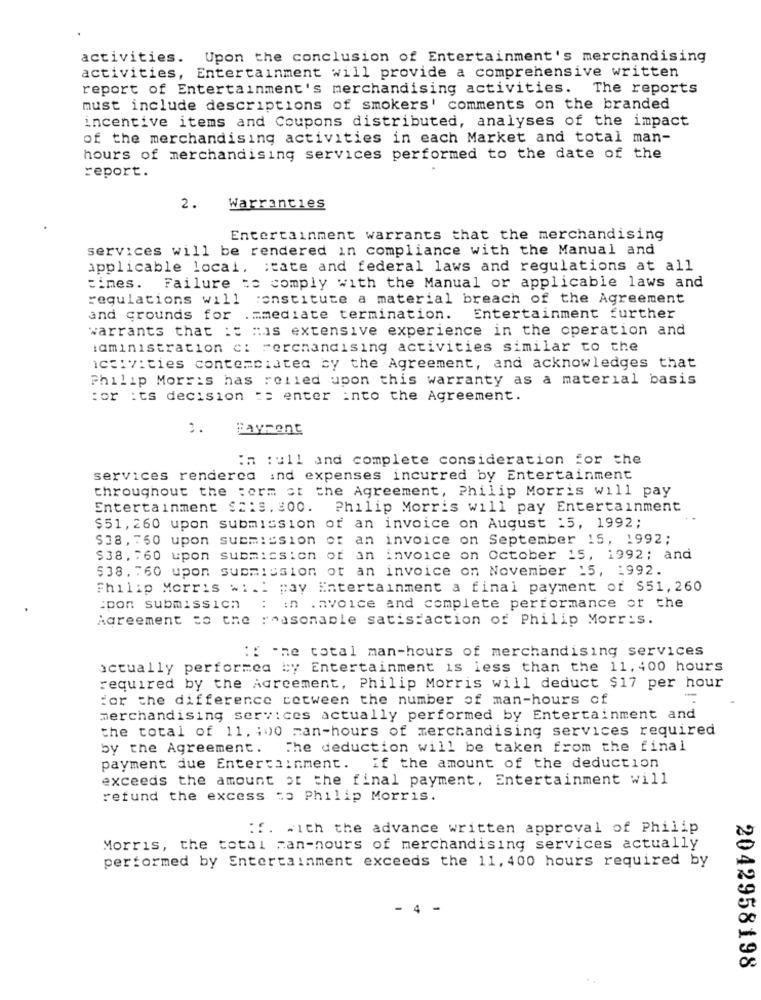
activities. Upon the conclusion of Entertainment's merchandising
activities, Entertainment will provide a comprehensive written
report of Entertainment's merchandising activities. The reports
must include descriptions of smokers' comments on the branded
incentive items and Coupons distributed, analyses of the impact
of the merchandising activities in each Market and total man-
hours of merchandising services performed to the date of the
report.
2.
Warranties
Entertainment warrants that the merchandising
services will be rendered in compliance with the Manual and
applicable local, state and federal laws and regulations at all
times. Failure to comply with the Manual or applicable laws and
regulations will constitute a material breach of the Agreement
and grounds for .= mediate termination. Entertainment further
warrants that it ;Is extensive experience in the operation and
laministration c: merchandising activities similar to the
ictivities contemciated by the Agreement, and acknowledges that
Philip Morris has relied upon this warranty as a material basis
:or its decision == enter into the Agreement.
2 .
Payment
in :ull and complete consideration for the
services rendered ind expenses incurred by Entertainment
throughout the term at the Agreement, Philip Morris will pay
Entertainment $2:3. 300. Philip Morris will pay Entertainment
$51, 260 upon submission of an invoice on August 15, 1992;
$38, 760 upon sucmission of an invoice on September 15, 1992;
$38, 760 upon submission of an invoice on October 15, 1992; and
$38. 760 upon submission of an invoice on November 15, 1992.
Philip Morris wi .: pay Entertainment a final payment of $51, 260
:pon submission
:in .avoice and complete performance of the
Agreement to the reasonable satisfaction of Philip Morris.
:: - ne total man-hours of merchandising services
actually performed by Entertainment is less than the 11, 400 hours
required by the Agreement, Philip Morris will deduct $17 per hour
For the difference cetween the number of man-hours of
merchandising services actually performed by Entertainment and
the total of 11. : 00 man-hours of merchandising services required
by the Agreement. The deduction will be taken from the final
payment due Entertainment. If the amount of the deduction
exceeds the amount of the final payment, Entertainment will
refund the excess =5 Philip Morris.
:f. with the advance written approval of Philip
Morris, the total man-hours of merchandising services actually
performed by Entertainment exceeds the 11, 400 hours required by
4 -
2042958198